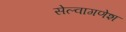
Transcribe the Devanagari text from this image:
सेल्वागणेश